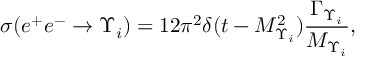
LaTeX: \sigma ( e ^ { + } e ^ { - } \rightarrow \Upsilon _ { i } ) = 1 2 \pi ^ { 2 } \delta ( t - M _ { \Upsilon _ { i } } ^ { 2 } ) { \frac { \Gamma _ { \Upsilon _ { i } } } { M _ { \Upsilon _ { i } } } } ,